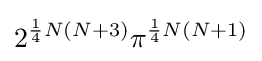
2^{{\frac {1}{4}}N(N+3)}\pi ^{{\frac {1}{4}}N(N+1)}